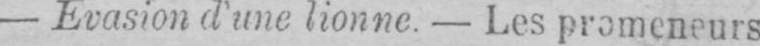
- Evasion d’une lionne. - Les promeneurs